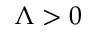
\Lambda > 0